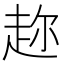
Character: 趂